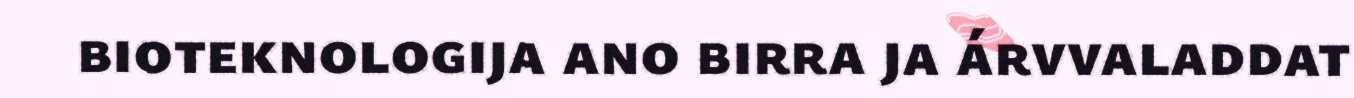
bioteknologija ano birra ja árvvaladdat